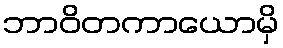
ဘာဝိတကာယောမှိ